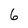
Character: 6